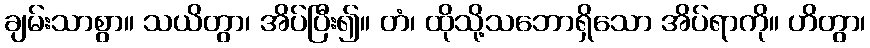
ချမ်းသာစွာ။ သယိတွာ၊ အိပ်ပြီး၍။ တံ၊ ထိုသို့သဘောရှိသော အိပ်ရာကို။ ဟိတွာ၊